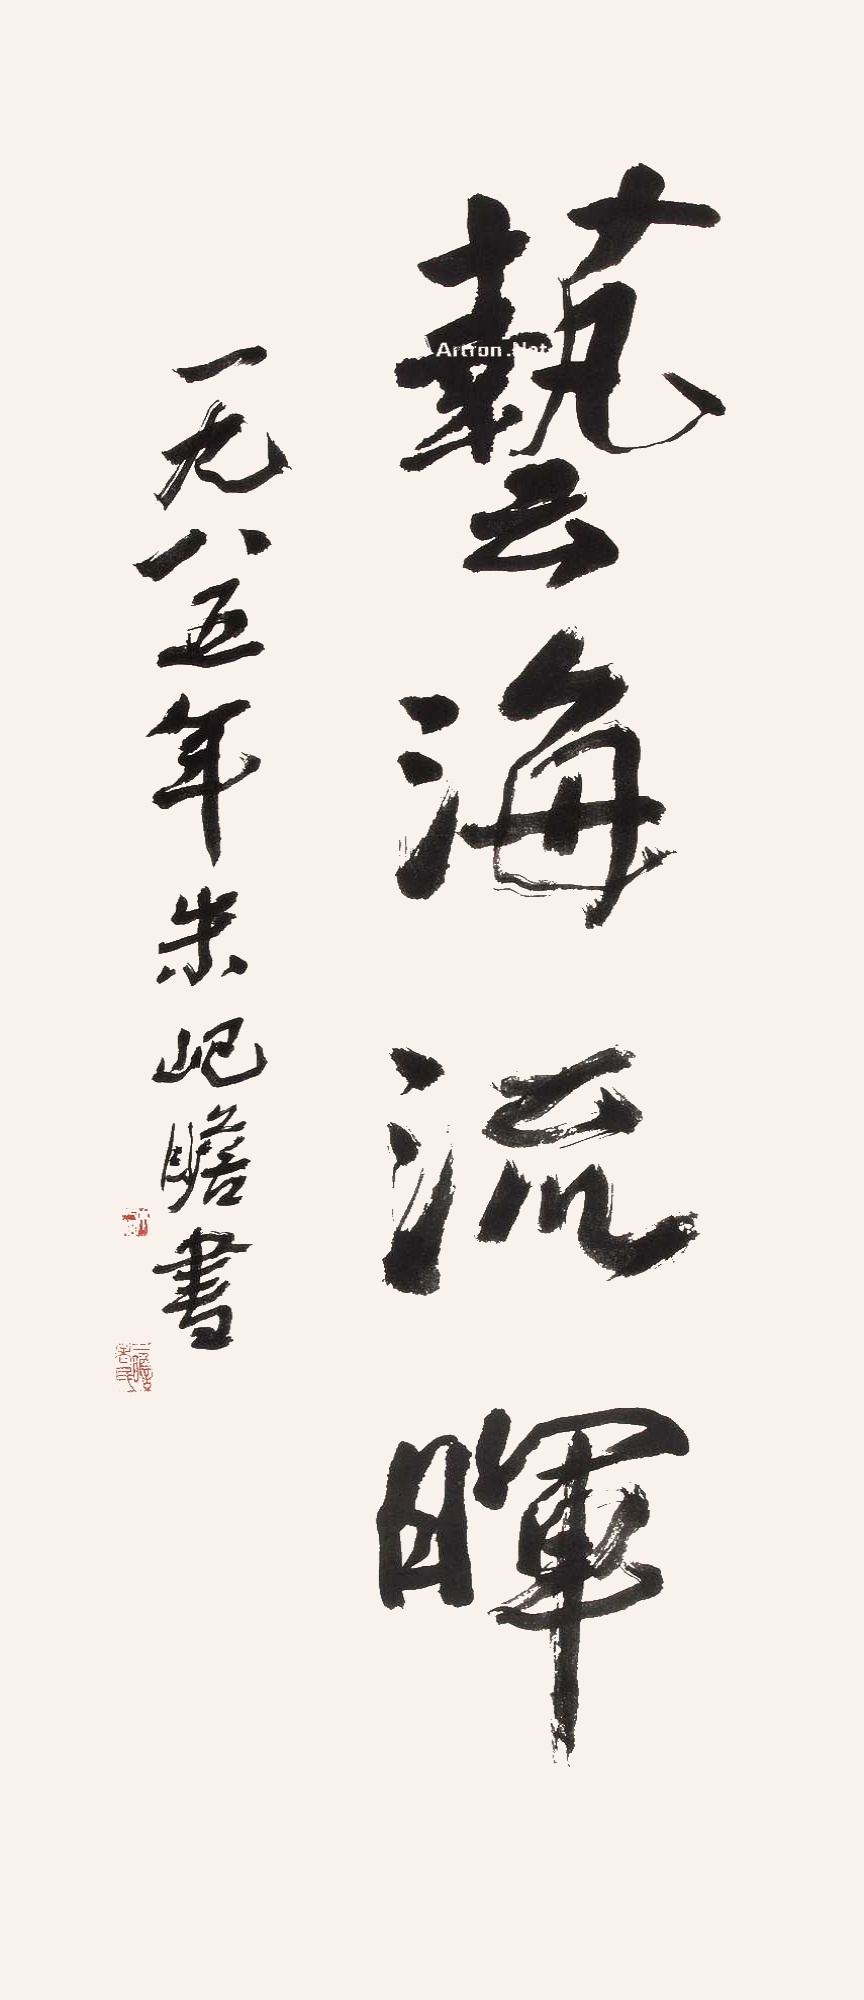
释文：艺海流晖。一九八五年朱屺瞻书。